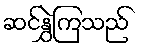
ဆင်နွှဲကြသည်